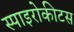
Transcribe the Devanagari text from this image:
स्पाइरोकीटस